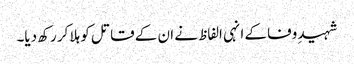
شہیدِ وفا کے انہی الفاظ نے ان کے قاتل کو ہلا کر رکھ دیا۔